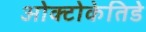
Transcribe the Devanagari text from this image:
ओक्टोकेतिडे